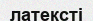
латексті